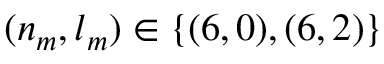
( n _ { m } , l _ { m } ) \in \{ ( 6 , 0 ) , ( 6 , 2 ) \}